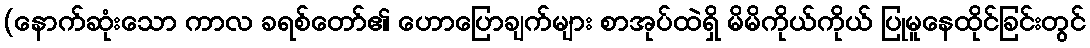
(နောက်ဆုံးသော ကာလ ခရစ်တော်၏ ဟောပြောချက်များ စာအုပ်ထဲရှိ မိမိကိုယ်ကိုယ် ပြုမူနေထိုင်ခြင်းတွင်